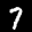
Label: 7